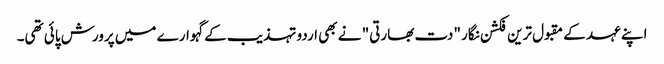
اپنے عہد کے مقبول ترین فکشن نگار "دت بھارتی" نے بھی اردو تہذیب کے گہوارے میں پرورش پائی تھی۔